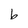
Character: b